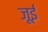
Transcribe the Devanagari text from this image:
जूई